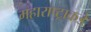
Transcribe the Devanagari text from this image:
महाराष्ट्राकडे